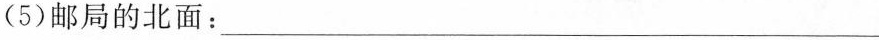
(5)邮局的北面：___